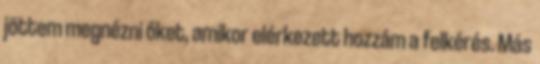
jöttem megnézni őket, amikor elérkezett hozzám a felkérés. Más